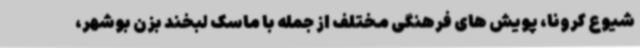
شیوع کرونا، پویش های فرهنگی مختلف از جمله با ماسک لبخند بزن بوشهر،